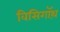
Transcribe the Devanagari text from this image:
विसिगॉथ़